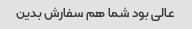
عالی بود شما هم سفارش بدین